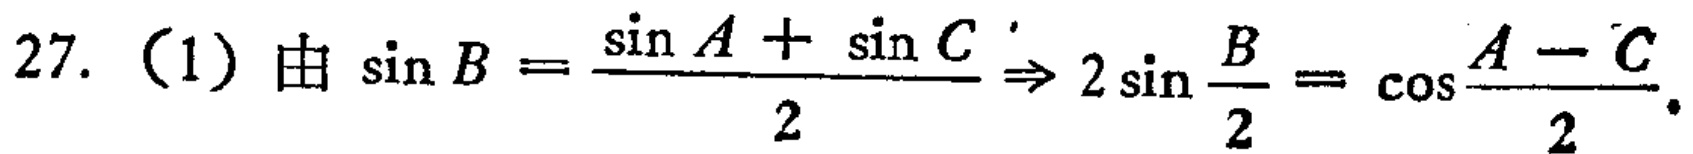
27. (1) 由 \(\sin B = \frac{\sin A + \sin C}{2} \Rightarrow 2\sin \frac{B}{2} = \cos \frac{A - C}{2}\).